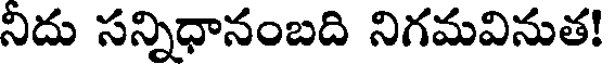
నిదు సన్నిధానంబది నిగమవినుత!